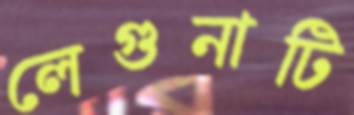
লেগুনাটি